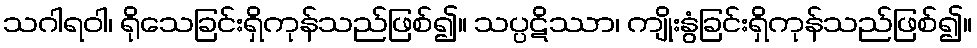
သဂါရဝါ၊ ရိုသေခြင်းရှိကုန်သည်ဖြစ်၍။ သပ္ပဋိဿာ၊ ကျိုးနွံခြင်းရှိကုန်သည်ဖြစ်၍။